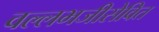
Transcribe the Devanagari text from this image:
वल्लभजीसेवित